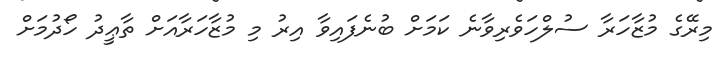
މިރޭގެ މުޒާހަރާ ސުލްހަވެރިވާނެ ކަމަށް ބުނެފައިވާ އިރު މި މުޒާހަރާއަށް ތާޢީދު ހޯދުމަށް